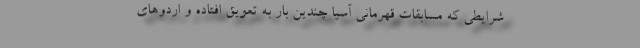
شرایطی که مسابقات قهرمانی آسیا چندین بار به تعویق افتاده و اردوهای